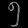
Digit: ၅